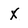
Character: X